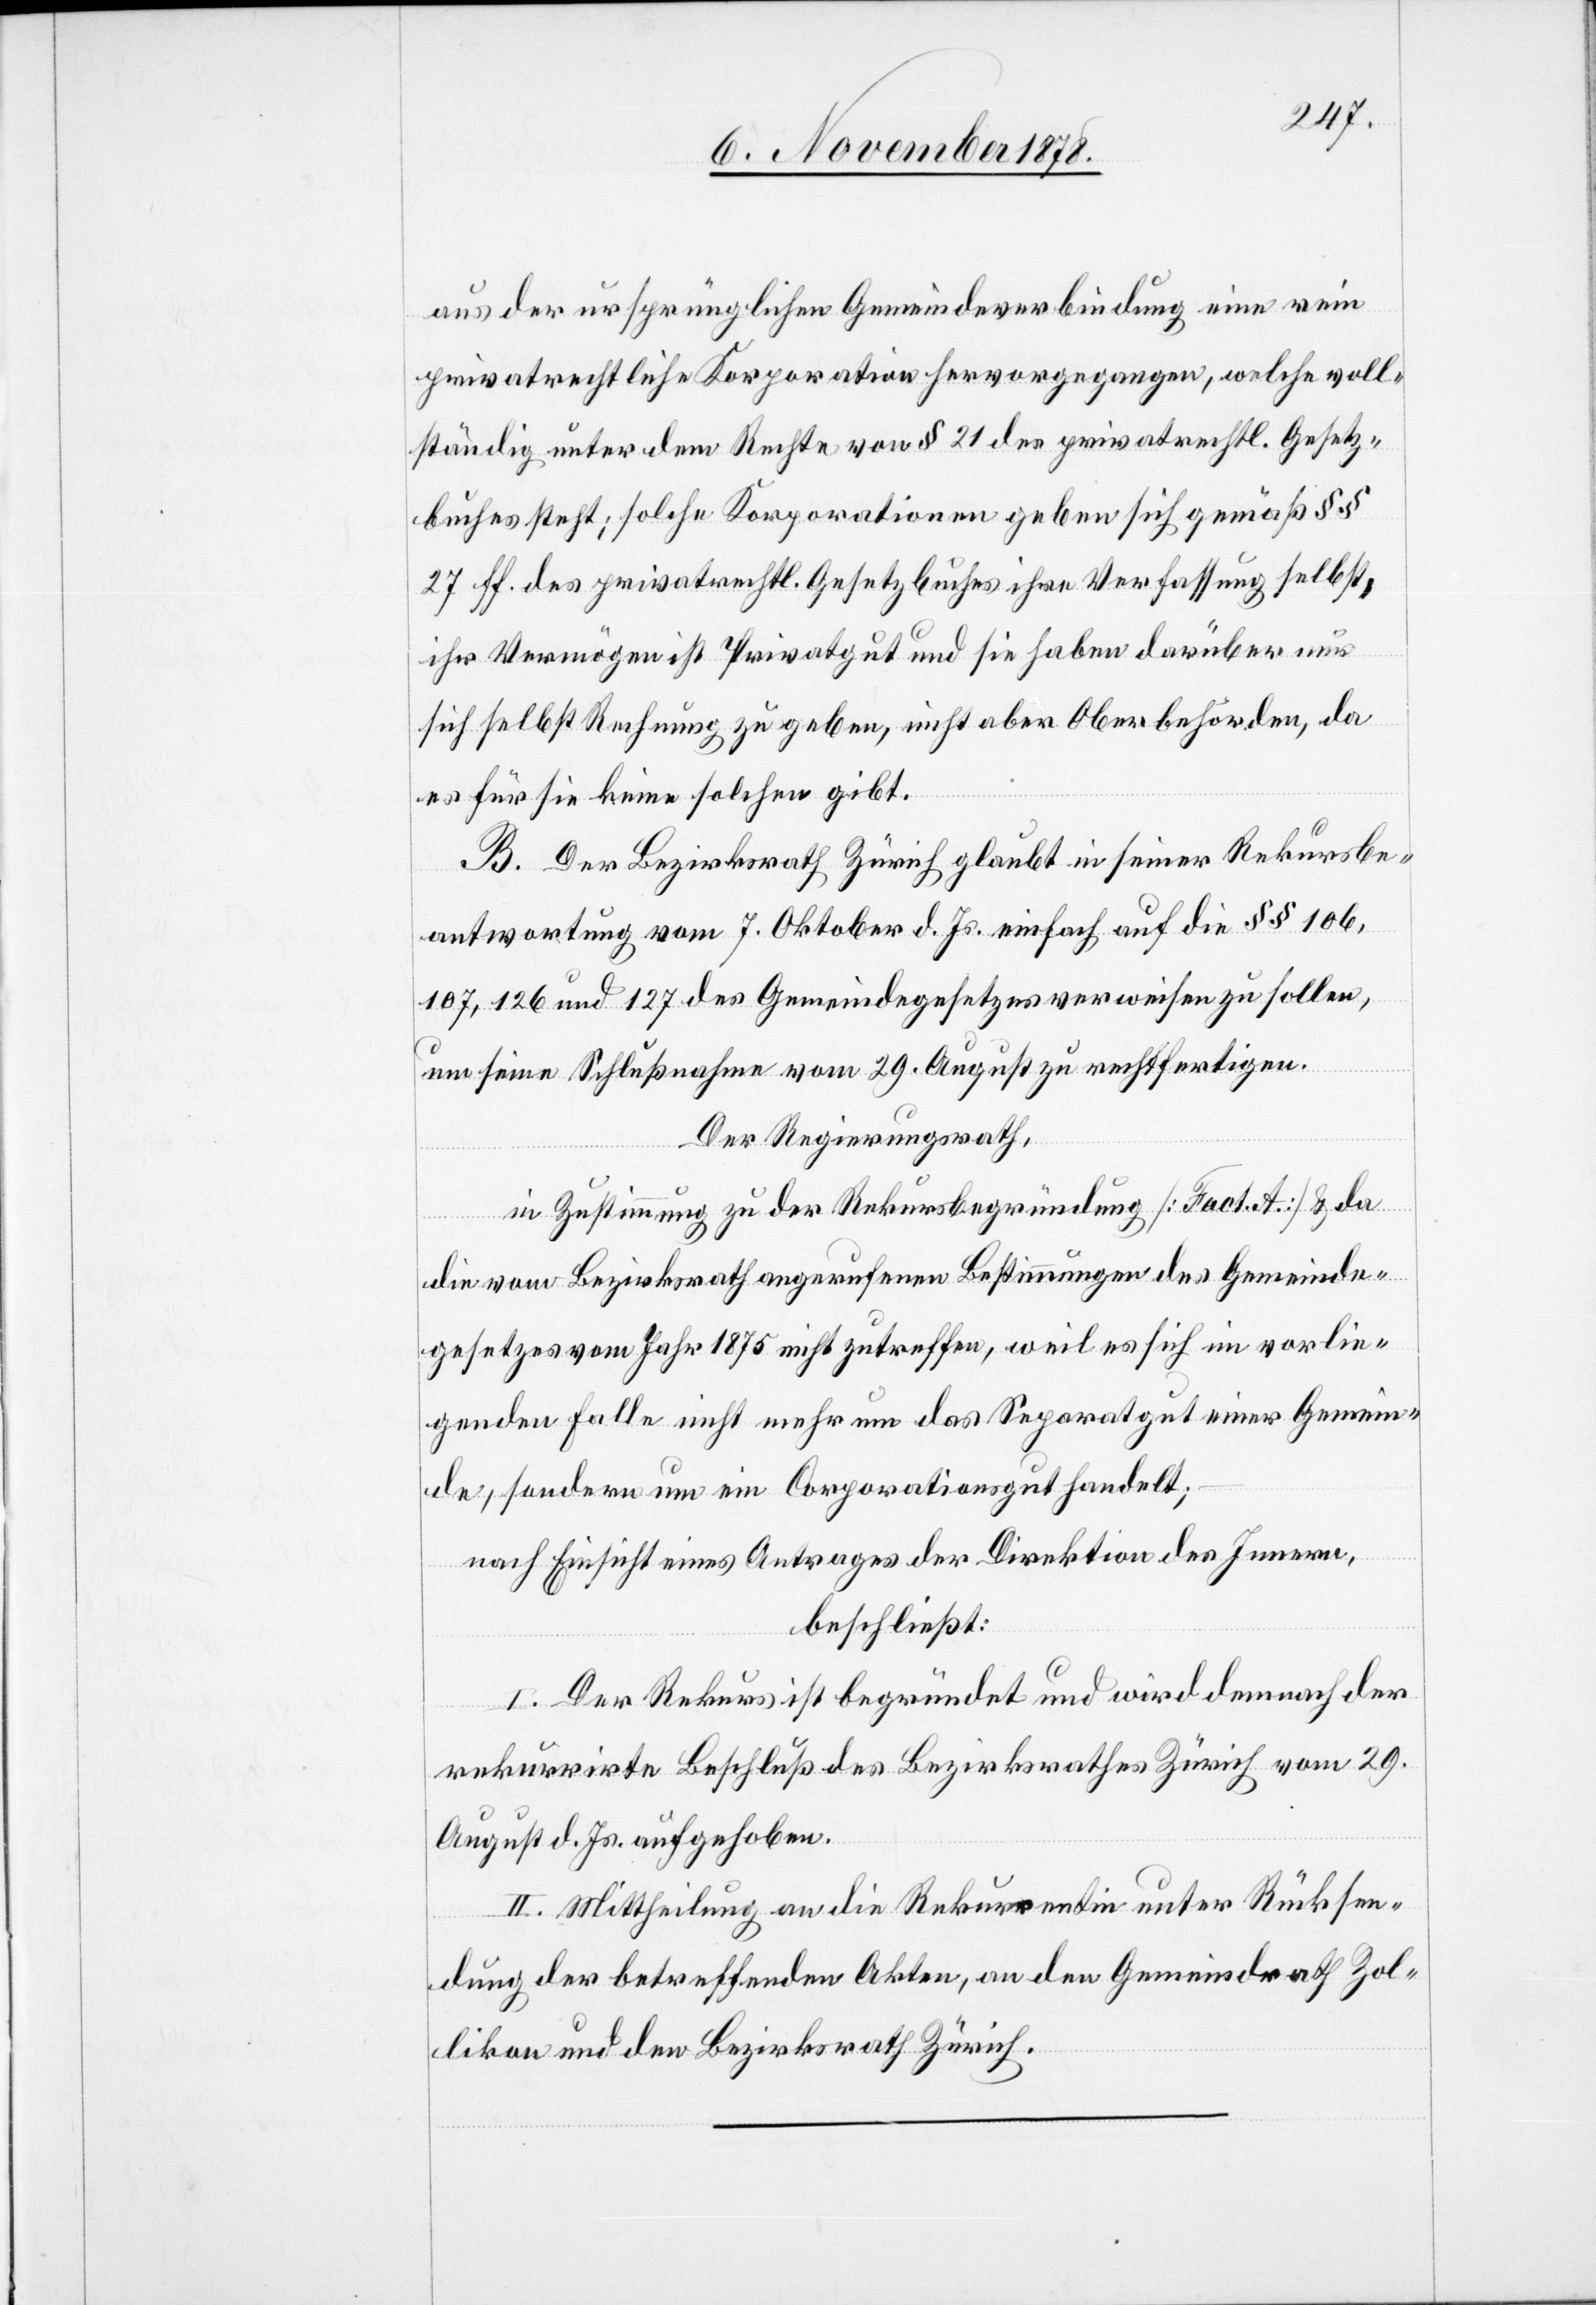
aus der ursprünglichen Gemeindeverbindung eine rein
privatrechtliche Korporation hervorgegangen, welche voll¬
ständig unter dem Rechte von § 21 des privatrechtl. Gesetz¬
buches steht; solche Korporationen geben sich gemäß §§
27 ff. des privatrechtl. Gesetzbuches ihre Verfassung selbst,
ihr Vermögen ist Privatgut und sie haben darüber nur
sich selbst Rechnung zu geben, nicht aber Oberbehörden, da
es für sie keine solchen gibt.
B. Der Bezirksrath Zürich glaubt in seiner Rekursbe¬
antwortung vom 7. Oktober d. Js. einfach auf die §§ 106,
107, 126 und 127 des Gemeindegesetzes verweisen zu sollen,
um seine Schlußnahme vom 29. August zu rechtfertigen.
Der Regierungsrath,
in Zustimmung zu der Rekursbegründung [Fact. A.] & da
die vom Bezirksrath angerufenen Bestimmungen des Gemeinde¬
gesetzes vom Jahr 1875 nicht zutreffen, weil es sich im vorlie¬
genden Falle nicht mehr um das Separatgut einer Gemein¬
de, sondern um ein Corporationsgut handelt;
nach Einsicht eines Antrages der Direktion des Innern,
beschließt:
I. Der Rekurs ist begründet und wird demnach der
rekurrirte Beschluß des Bezirksrathes Zürich vom 29.
August d. Js. aufgehoben.
II. Mittheilung an die Rekurrentnin unter Rücksen¬
dung der betreffenden Akten, an den Gemeindrath Zol¬
likon und den Bezirksrath Zürich.